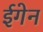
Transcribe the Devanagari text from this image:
ईगेन